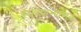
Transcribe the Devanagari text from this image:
वेदविद्याभ्यासक